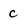
Character: c